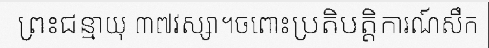
ព្រះជន្មាយុ ៣៧វស្សា។ចពោះប្រតិបត្តិការណ៍សឹក